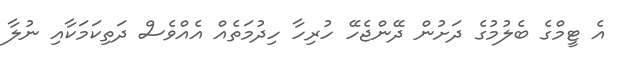
އެ ޓީމްގެ ބެލުމުގެ ދަށުން ދޭންޖެހޭ ހުރިހާ ހިދުމަތެއް އެއްވެސް ދަތިކަމަކާއި ނުލާ